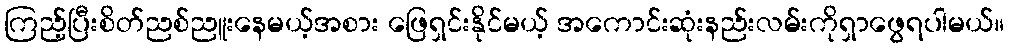
ကြည့်ပြီးစိတ်ညစ်ညူးနေမယ့်အစား ဖြေရှင်းနိုင်မယ့် အကောင်းဆုံးနည်းလမ်းကိုရှာဖွေရပါမယ်။